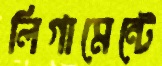
লিগামেন্টে